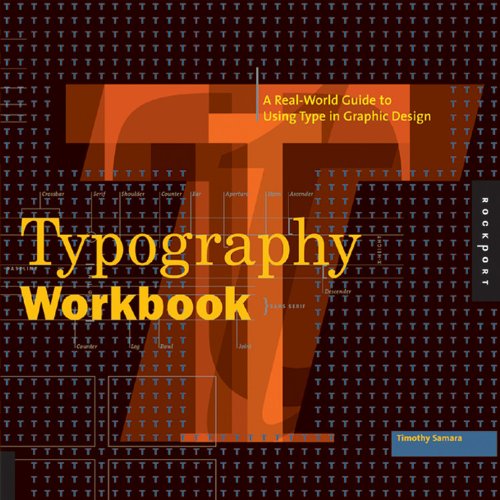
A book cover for Typography Workbook: A Real-World Guide to Using Type in Graphic Design; Timothy Samara; Arts & Photography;